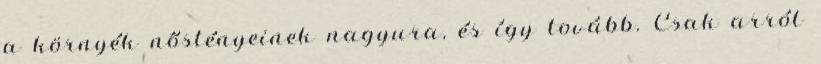
a környék nőstényeinek nagyura, és így tovább. Csak arról